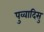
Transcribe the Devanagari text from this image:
पुव्वादिसु